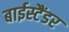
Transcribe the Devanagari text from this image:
बाईस्टैंडर